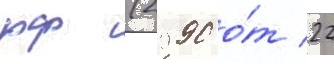
рф (2990 о́т 22